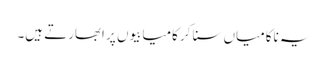
یہ ناکامیاں سنا کر کامیابیوں پر ابھارتے ہیں۔